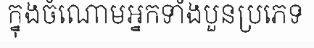
ក្នុងចំណោមអ្នកទាំងបួនប្រភេទ